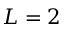
L = 2